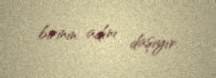
birinin adını daşıyır.